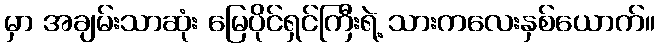
မှာ အချမ်းသာဆုံး မြေပိုင်ရှင်ကြီးရဲ့ သားကလေးနှစ်ယောက်။